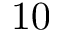
1 0